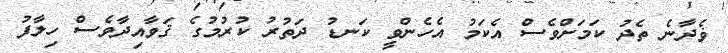
ޥެދާނެ ތެދު ކަމަށްވެސް އެކަމު އެހެންވީ ކަނޑު ދަތުރު ކުރުމުގެ ޤަވާއިދާވެސް ހިލާފު